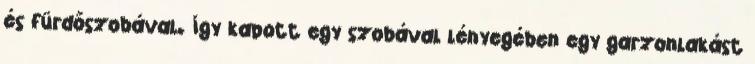
és fürdőszobával. Így kapott egy szobával lényegében egy garzonlakást